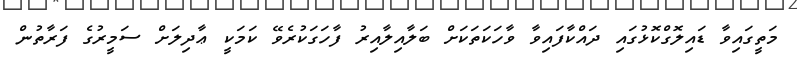
މަތީގައިވާ ޑައިލޮގްކޮޅުގައި ދައްކާފައިވާ ވާހަކަތަކަށް ބަލާއިލާއިރު ފާހަގަކުރެވޭ ކަމަކީ ޢާދިލަށް ސަމީރުގެ ފަރާތުން